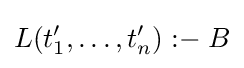
L(t_{1}',\ldots ,t_{n}')\mathrel {{:}{-}} B